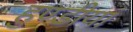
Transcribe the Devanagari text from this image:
हुण्डीयां